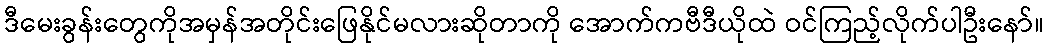
ဒီမေးခွန်းတွေကိုအမှန်အတိုင်းဖြေနိုင်မလားဆိုတာကို အောက်ကဗီဒီယိုထဲ ဝင်ကြည့်လိုက်ပါဦးနော်။